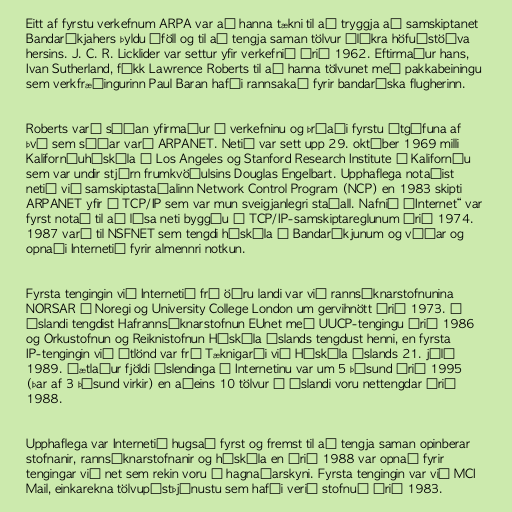
Eitt af fyrstu verkefnum ARPA var að hanna tækni til að tryggja að samskiptanet
Bandaríkjahers þyldu áföll og til að tengja saman tölvur ólíkra höfuðstöðva
hersins. J. C. R. Licklider var settur yfir verkefnið árið 1962. Eftirmaður hans,
Ivan Sutherland, fékk Lawrence Roberts til að hanna tölvunet með pakkabeiningu
sem verkfræðingurinn Paul Baran hafði rannsakað fyrir bandaríska flugherinn.

Roberts varð síðan yfirmaður í verkefninu og þróaði fyrstu útgáfuna af
því sem síðar varð ARPANET. Netið var sett upp 29. október 1969 milli
Kaliforníuháskóla í Los Angeles og Stanford Research Institute í Kaliforníu
sem var undir stjórn frumkvöðulsins Douglas Engelbart. Upphaflega notaðist
netið við samskiptastaðalinn Network Control Program (NCP) en 1983 skipti
ARPANET yfir í TCP/IP sem var mun sveigjanlegri staðall. Nafnið „Internet“ var
fyrst notað til að lýsa neti byggðu á TCP/IP-samskiptareglunum árið 1974.
1987 varð til NSFNET sem tengdi háskóla í Bandaríkjunum og víðar og
opnaði Internetið fyrir almennri notkun.

Fyrsta tengingin við Internetið frá öðru landi var við rannsóknarstofnunina
NORSAR í Noregi og University College London um gervihnött árið 1973. Á
Íslandi tengdist Hafrannsóknarstofnun EUnet með UUCP-tengingu árið 1986
og Orkustofnun og Reiknistofnun Háskóla Íslands tengdust henni, en fyrsta
IP-tengingin við útlönd var frá Tæknigarði við Háskóla Íslands 21. júlí
1989. Áætlaður fjöldi Íslendinga á Internetinu var um 5 þúsund árið 1995
(þar af 3 þúsund virkir) en aðeins 10 tölvur á Íslandi voru nettengdar árið
1988.

Upphaflega var Internetið hugsað fyrst og fremst til að tengja saman opinberar
stofnanir, rannsóknarstofnanir og háskóla en árið 1988 var opnað fyrir
tengingar við net sem rekin voru í hagnaðarskyni. Fyrsta tengingin var við MCI
Mail, einkarekna tölvupóstþjónustu sem hafði verið stofnuð árið 1983.